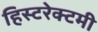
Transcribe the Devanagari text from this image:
हिस्टरेक्टमी